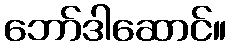
ဘော်ဒါဆောင်။